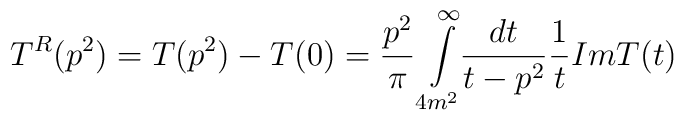
T^{R}(p^{2}) = T(p^{2}) - T(0) = \frac{p^{2}}{\pi} \int\limits^{\infty}_{4m^{2}}\!\!\frac{dt}{t-p^{2}} \frac{1}{t}Im T(t)